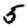
Digit: 5